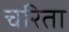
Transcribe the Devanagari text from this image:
चरिता